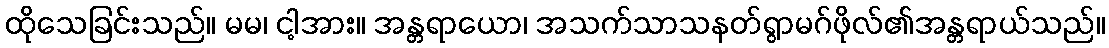
ထိုသေခြင်းသည်။ မမ၊ ငါ့အား။ အန္တရာယော၊ အသက်သာသနတ်ရွာမဂ်ဖိုလ်၏အန္တရာယ်သည်။